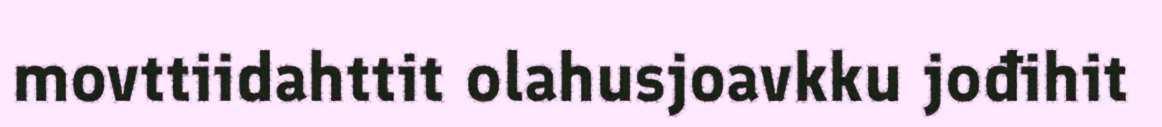
movttiidahttit olahusjoavkku jođihit